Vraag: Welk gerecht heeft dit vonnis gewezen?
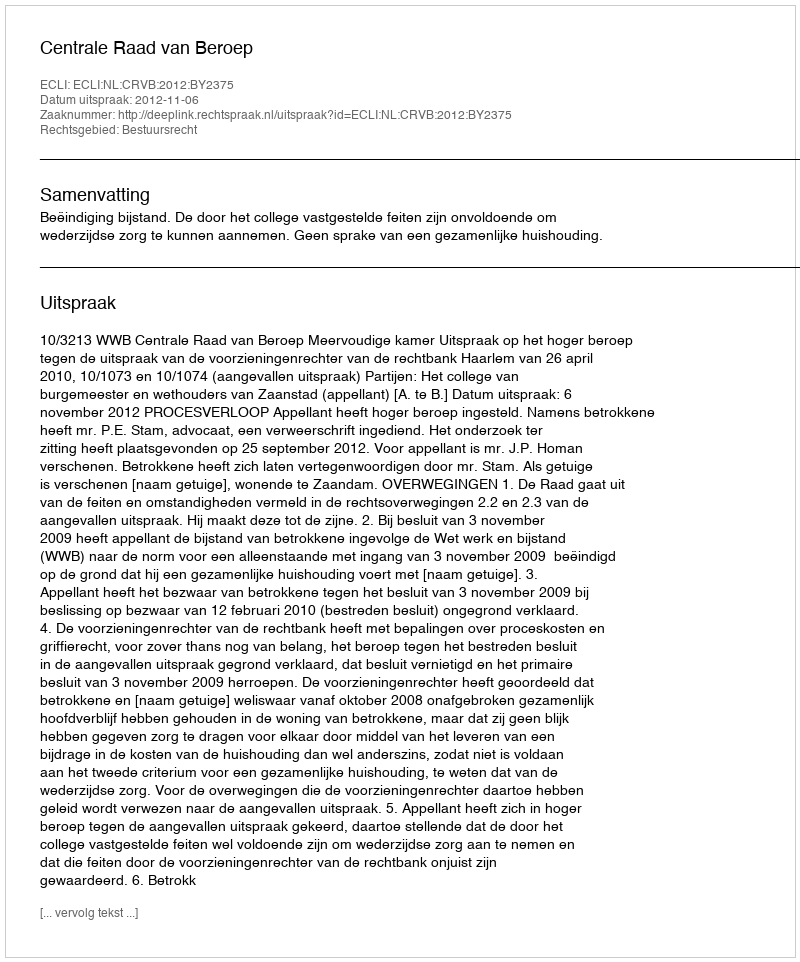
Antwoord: Centrale Raad van Beroep